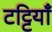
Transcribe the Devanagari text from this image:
टट्टियाँ